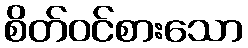
စိတ်ဝင်စားသော